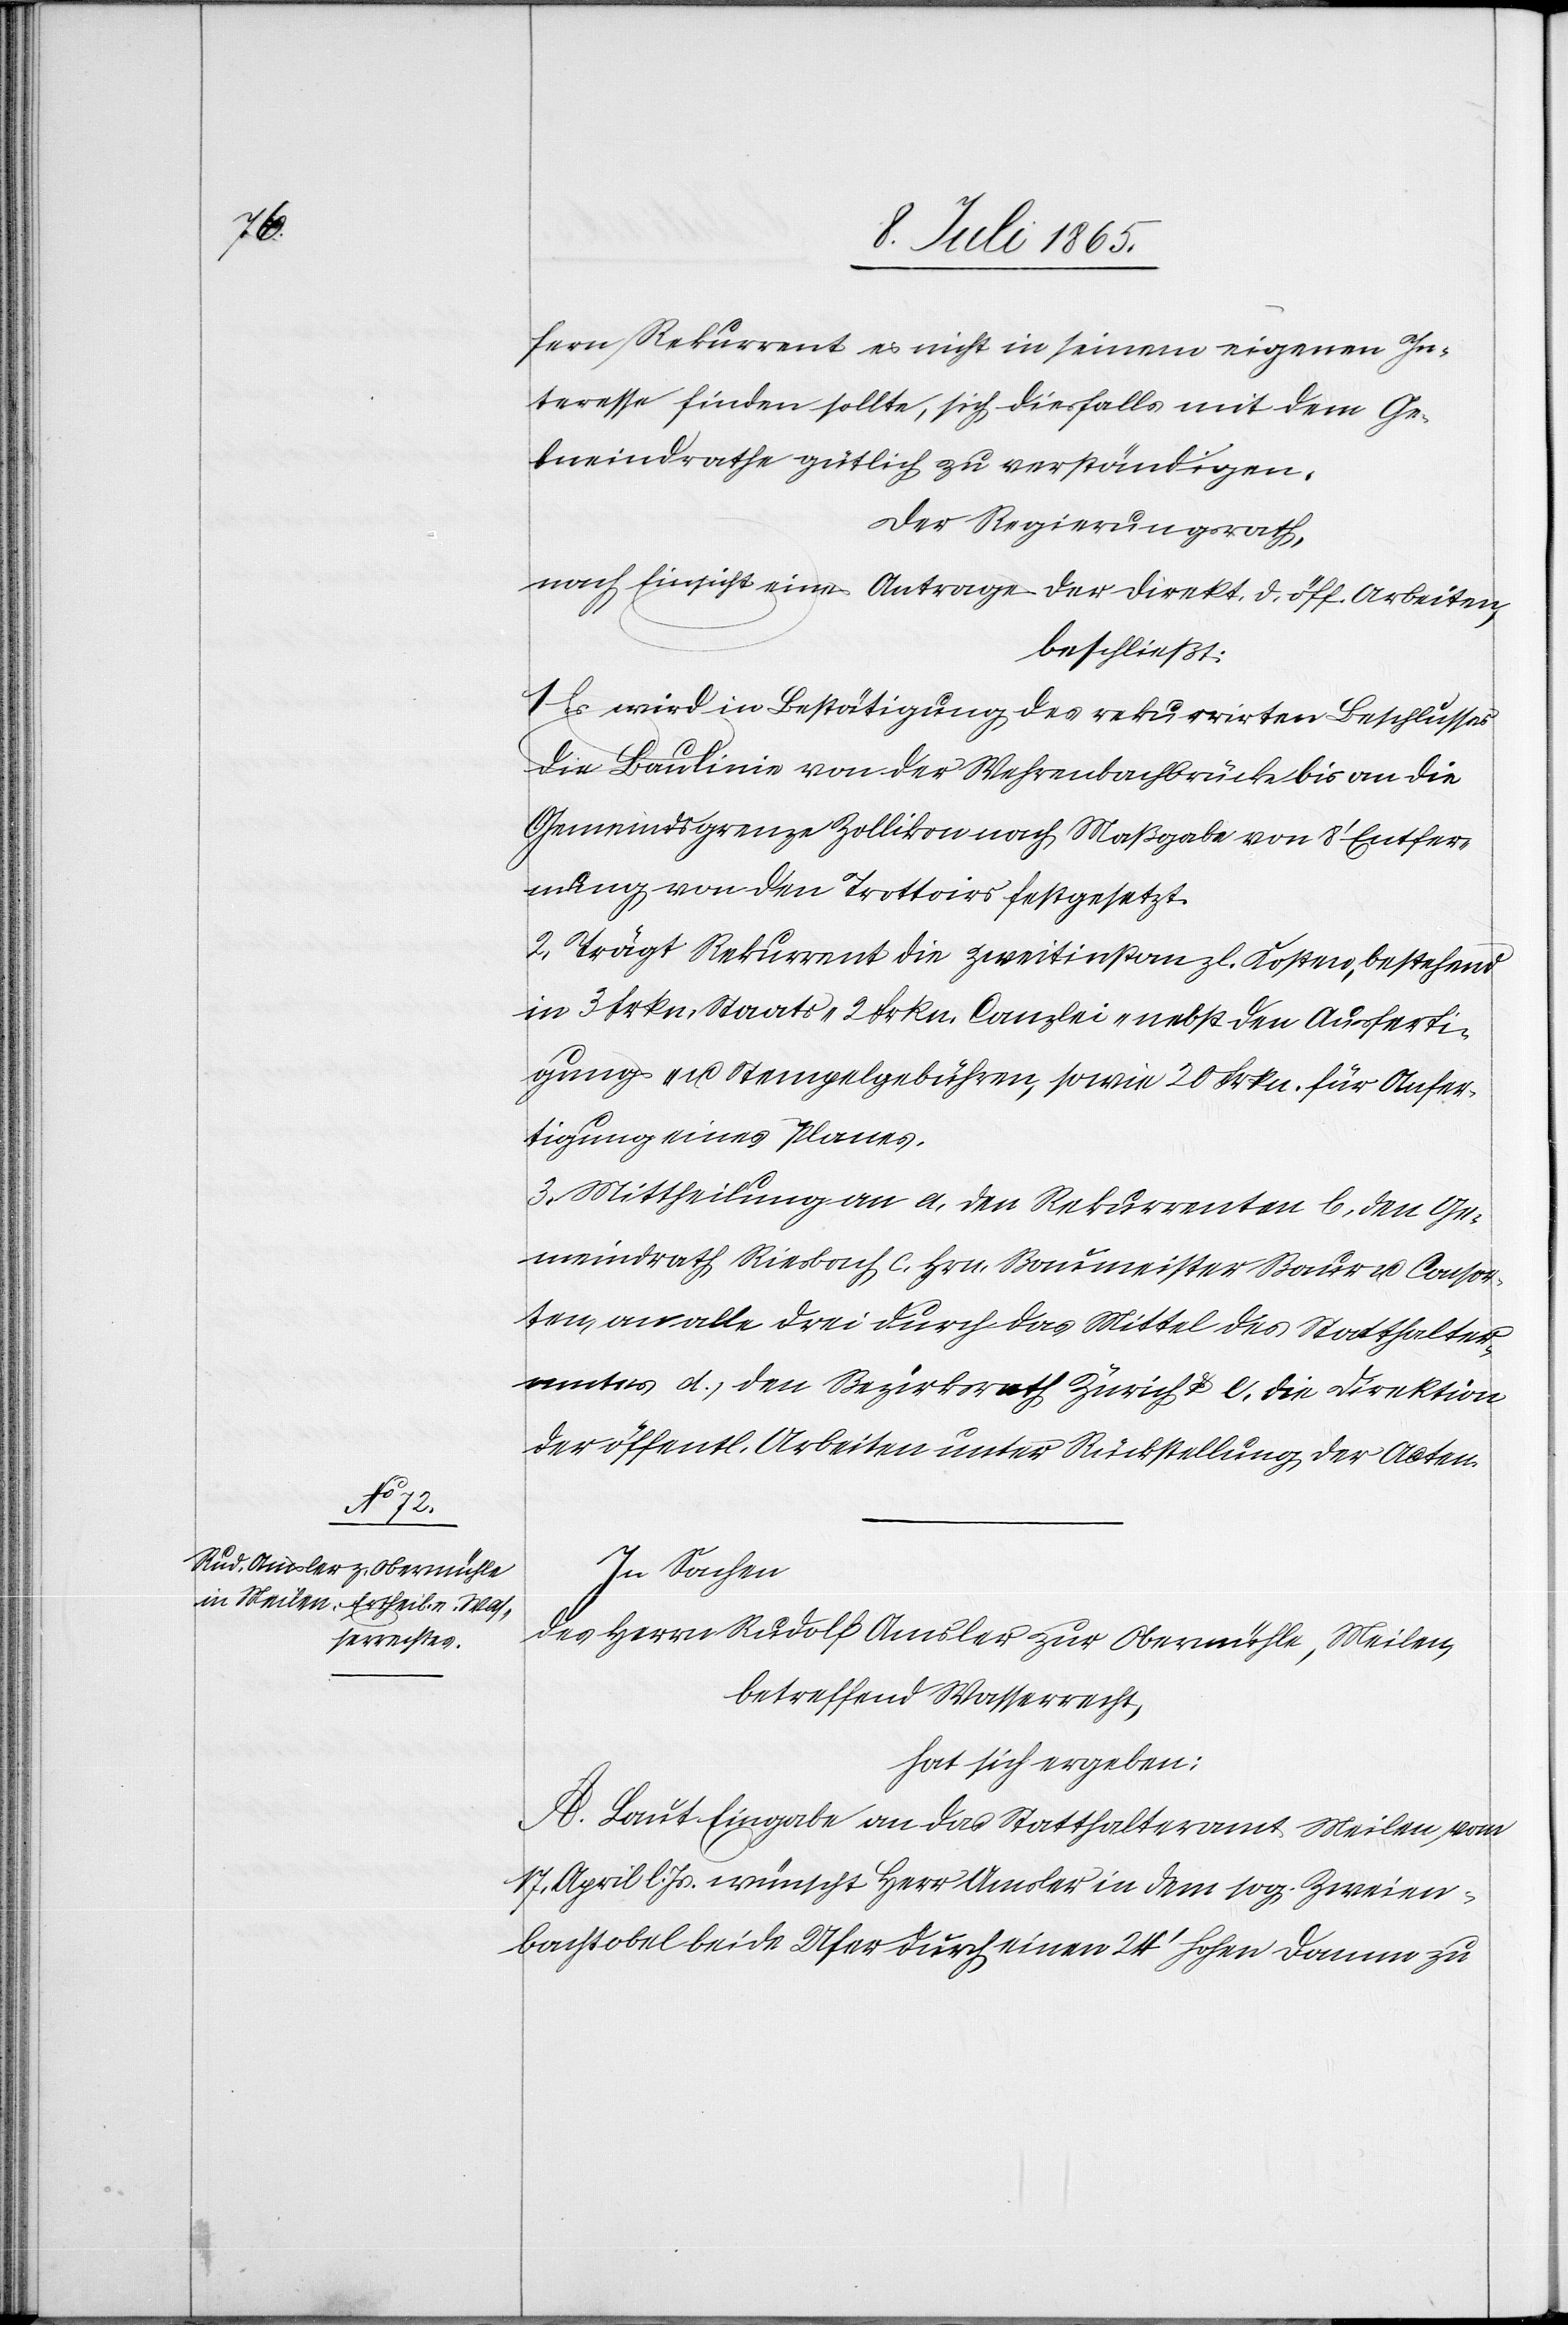
fern Rekurrent es nicht in seinem eigenen In¬
teresse finden sollte, sich diesfalls mit dem Ge¬
meindrathe gütlich zu verständigen.
Der Regierungsrath,
nach Einsicht eines Antrages der Direkt. d. öff. Arbeiten,
beschließt:
1. Es wird in Bestätigung des rekurrirten Beschlusses
die Baulinie von der Wehrenbachbrücke bis an die
Gemeindsgrenze Zollikon nach Maßgabe von 8’ Entfer¬
nung von den Trottoirs festgesetzt.
2. Trägt Rekurrent die zweitinstanzl. Kosten, bestehend
in 3 Frkn. Staats-[,] 2 Frkn. Canzlei- nebst den Ausferti¬
gungs- u. Stempelgebühren, sowie 20 Frkn. für Anfer¬
tigung eines Planes.
3. Mittheilung an a. den Rekurrenten[,] b. den Ge¬
meindrath Riesbach, c. Hrn. Baumeister Baur u. Consor¬
ten, an alle drei durch das Mittel des Statthalter¬
amtes[,] d. den Bezirksrath Zürich u. e. die Direktion
der öffentl. Arbeiten unter Rückstellung der Acten.
In Sachen
des Herrn Rudolf Amsler zur Obermühle, Meilen,
betreffend Wasserrecht,
hat sich ergeben:
A. Laut Eingabe an das Statthalteramt Meilen vom
17. April l. Js. wünscht Herr Amsler in dem sog. Zweien¬
bachtobel beide Ufer durch einen 24’ hohen Damm zu